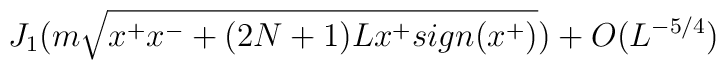
J_1 (m \sqrt{x^+x^- + (2N+1)Lx^+ sign(x^+)}) + O(L^{-5/4})